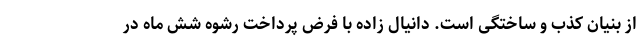
از بنیان کذب و ساختگی است. دانیال زاده با فرض پرداخت رشوه شش ماه در